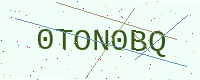
Text: 0TON0BQ